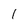
Character: 1